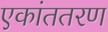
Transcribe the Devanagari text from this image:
एकांततरण